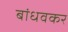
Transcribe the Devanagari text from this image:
बांधवकर